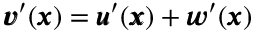
{ \pmb v } ^ { \prime } ( { \pmb x } ) = { \pmb u } ^ { \prime } ( { \pmb x } ) + { \pmb w } ^ { \prime } ( { \pmb x } )